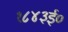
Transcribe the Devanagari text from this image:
१८४३ई०